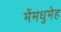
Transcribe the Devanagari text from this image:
मेंमधुमेह